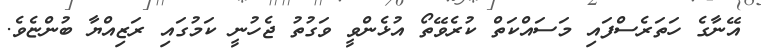
އޭނާގެ ހަތަރެސްފައި މަސައްކަތް ކުރެވޭތޯ އުޅެންވީ ވަގުތު ޖެހުނީ ކަމުގައި ރަޒިއްޔާ ބުންޏެވެ.